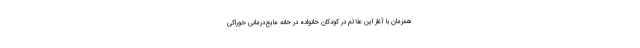
همزمان با آغاز این علائم در کودکان خانواده در خانه مایع‌درمانی خوراکی